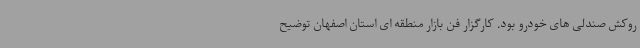
روکش صندلی های خودرو بود. کارگزار فن بازار منطقه ای استان اصفهان توضیح